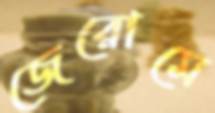
জেরোমে